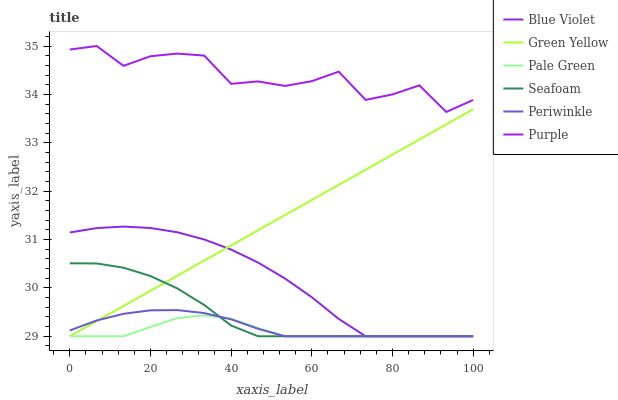
| xaxis_label | Blue Violet | Green Yellow | Pale Green | Seafoam | Periwinkle | Purple |
 | --- | --- | --- | --- | --- | --- | --- |
 | 0 | 31.1 | 29 | 29 | 30.5 | 29.1 | 34.9 |
 | 6.67 | 31.2 | 29.3 | 29 | 30.5 | 29.3 | 35 |
 | 13.3 | 31.3 | 29.6 | 29 | 30.4 | 29.5 | 34.6 |
 | 20 | 31.2 | 29.9 | 29.2 | 30.2 | 29.5 | 34.8 |
 | 26.7 | 31.1 | 30.3 | 29.4 | 30 | 29.5 | 34.8 |
 | 33.3 | 31 | 30.6 | 29.4 | 29.6 | 29.5 | 34.8 |
 | 40 | 30.8 | 30.9 | 29.4 | 29.2 | 29.4 | 34.2 |
 | 46.7 | 30.5 | 31.2 | 29.2 | 29 | 29.2 | 34.3 |
 | 53.3 | 30.2 | 31.5 | 29 | 29 | 29 | 34.2 |
 | 60 | 29.8 | 31.8 | 29 | 29 | 29 | 34.3 |
 | 66.7 | 29.4 | 32.1 | 29 | 29 | 29 | 34.5 |
 | 73.3 | 29 | 32.4 | 29 | 29 | 29 | 33.9 |
 | 80 | 29 | 32.8 | 29 | 29 | 29 | 34 |
 | 86.7 | 29 | 33.1 | 29 | 29 | 29 | 34.2 |
 | 93.3 | 29 | 33.4 | 29 | 29 | 29 | 33.6 |
 | 100 | 29 | 33.7 | 29 | 29 | 29 | 33.9 |